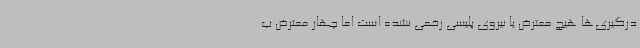
درگیری‌ها هیچ معترض یا نیروی پلیسی زخمی نشده است اما چهار معترض ب